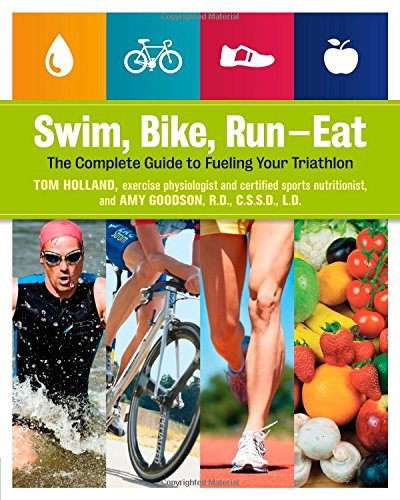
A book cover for Swim, Bike, Run, Eat: The Complete Guide to Fueling Your Triathlon; Tom Holland; Health, Fitness & Dieting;